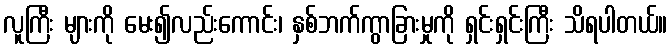
လူကြီး များကို မေး၍လည်းကောင်း၊ နှစ်ဘက်ကွာခြားမှုကို ရှင်းရှင်းကြီး သိရပါတယ်။